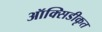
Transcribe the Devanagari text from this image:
ऑक्सिडीकृत